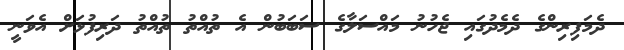
ދެމަފިރިންގެ ދެމެދުގައި ޖެހުނު މައްސަލާގެ ސަބަބުން އެ ތުއްތު ތުއްތު ދަރިފުޅަށް އެވަނީ